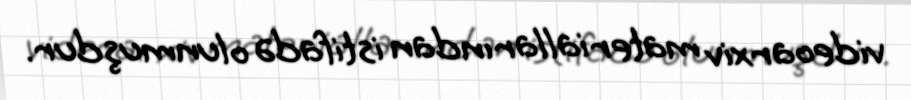
videoarxiv materiallarından istifadə olunmuşdur.